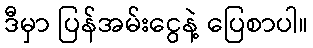
ဒီမှာ ပြန်အမ်းငွေနဲ့ ပြေစာပါ။